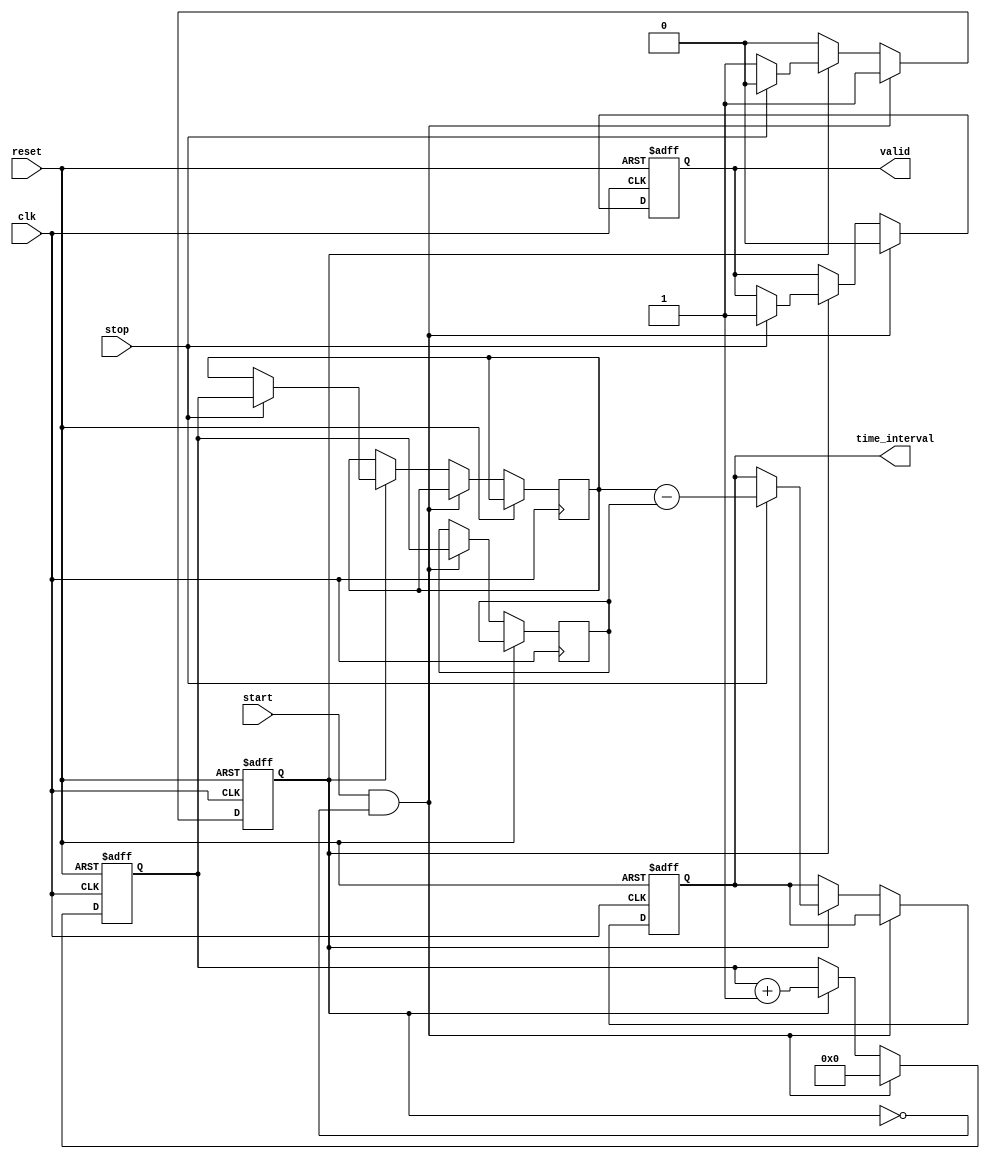
module single_shot_tdc (
    input wire clk,            // High-frequency clock
    input wire reset,          // Asynchronous reset
    input wire start,          // START signal
    input wire stop,           // STOP signal
    output reg [31:0] time_interval, // Time interval output
    output reg valid           // Signal to indicate valid output
);

    // Memory to store timestamps
    reg [31:0] memory [0:1]; // 2 entries: [0] for START, [1] for STOP
    reg [31:0] counter;       // Clock cycle counter
    reg capturing;            // State to indicate capturing mode

    // Asynchronous reset and clocking behavior
    always @(posedge clk or posedge reset) begin
        if (reset) begin
            counter <= 32'b0;
            capturing <= 1'b0;
            valid <= 1'b0;
            time_interval <= 32'b0;
        end else begin
            if (start && !capturing) begin
                // Capture START timestamp
                memory[0] <= counter; // Store the current counter value
                capturing <= 1'b1;     // Start capturing
                counter <= 32'b0;      // Reset counter
                valid <= 1'b0;         // Reset valid output
            end else if (capturing) begin
                counter <= counter + 1; // Increment counter on each clock cycle

                if (stop) begin
                    // Capture STOP timestamp
                    memory[1] <= counter; // Store the current counter value
                    capturing <= 1'b0;     // Stop capturing

                    // Calculate time interval
                    time_interval <= memory[1] - memory[0];
                    valid <= 1'b1;         // Indicate that the output is valid
                end
            end
        end
    end

endmodule